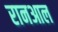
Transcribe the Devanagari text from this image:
रानआल